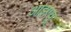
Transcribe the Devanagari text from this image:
आइएयू